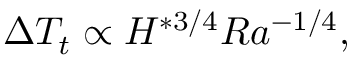
\Delta T _ { t } \propto H ^ { * 3 / 4 } R a ^ { - 1 / 4 } ,